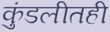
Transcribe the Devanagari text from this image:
कुंडलीतही